Annual administration report of the Civil Veterinary Department of India - 1895-1896
Year: 1895
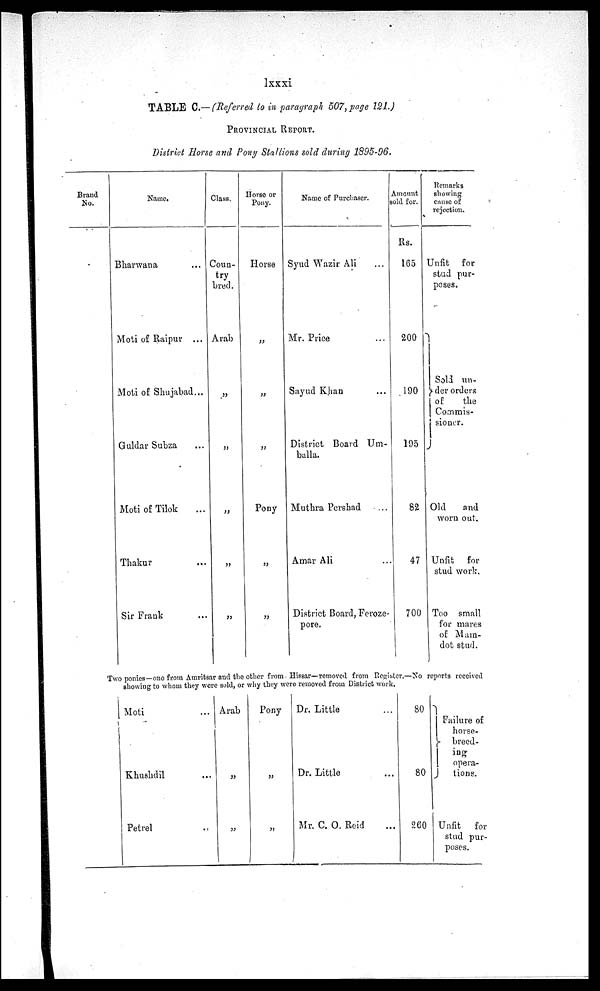
lxxxi
TABLE C.— (Referred to in paragraph 507, page 121.)
PROVINCIAL REPORT.
District Horse and Pony Stallions sold during 1895-96.
Brand
No.
Name.
Bharwana ...
Moti of Raipur ...
Moti of Shujabad...
Guldar Subza
Moti of Tilok
Thakur
Sir Frank
Class.
Coun-
try
bred.
Arab
„
„
„
„
„
Horse or
Pony.
Horse
„
„
„
Pony
„
„
Name of Purchaser.
Syud Wazir Ali
Mr. Price ...
Sayud Khan ...
District Board Um-
bulla.
Muthra Pershad ...
Amar Ali ...
District Board, Feroze-
pore.
Amount
sold for.
Rs.
165
200
190
195
82
47
700
Remarks
showing
cause of
rejection.
Unfit for
stud pur-
poses.
Soli un-
der orders
of
the
Commis-
sioner.
Old
and
worn out.
Unfit
for
stud work.
Too small
for mares
of Main-
dot stud.
Two ponies—one from Amritsar and the other from Hissar—removed from Register.—No reports received
showing to whom they were sold, or why they were removed from District work.
Moti ...
Khushdil ...
Petrel ...
Arab
„
„
Pony
„
„
Dr. Little ...
Dr. Little ...
Mr. C. O. Reid ...
80
80
260
Failure of
horse-
breed-
ing
opera-
tions.
Unfit for
stud pur
poses.